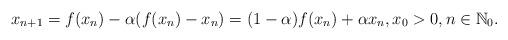
LaTeX: \begin{align*}x_{n+1}=f(x_n)- \alpha (f(x_n)-x_n)= (1-\alpha)f(x_n)+ \alpha x_n, x_0>0, n\in {\mathbb N}_0.\end{align*}